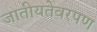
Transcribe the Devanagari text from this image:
जातीयतेवरपण